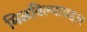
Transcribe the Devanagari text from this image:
मिळविल्याबद्दल